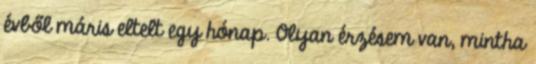
évből máris eltelt egy hónap. Olyan érzésem van, mintha